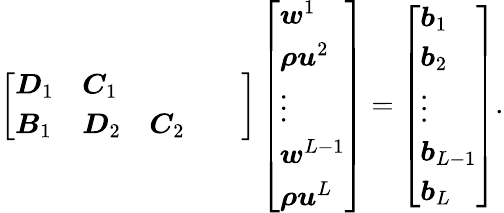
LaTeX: \left[\begin{array}{lllll}{\boldsymbol{D}_{1}}&{\boldsymbol{C}_{1}}&{}&{}&{}\\ {\boldsymbol{B}_{1}}&{\boldsymbol{D}_{2}}&{\boldsymbol{C}_{2}}&{}&{}\end{array}\right]\left[\begin{array}{l}{\boldsymbol{w}^{1}}\\ {\boldsymbol{\rho u}^{2}}\\ {\boldsymbol{\vdots}}\\ {\boldsymbol{w}^{L-1}}\\ {\boldsymbol{\rho u}^{L}}\end{array}\right]=\left[\begin{array}{l}{\boldsymbol{b}_{1}}\\ {\boldsymbol{b}_{2}}\\ {\boldsymbol{\vdots}}\\ {\boldsymbol{b}_{L-1}}\\ {\boldsymbol{b}_{L}}\end{array}\right].